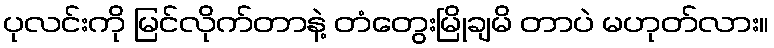
ပုလင်းကို မြင်လိုက်တာနဲ့ တံတွေးမြိုချမိ တာပဲ မဟုတ်လား။